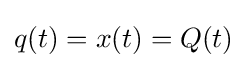
q(t)=x(t)=Q(t)